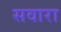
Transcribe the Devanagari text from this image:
सवारा